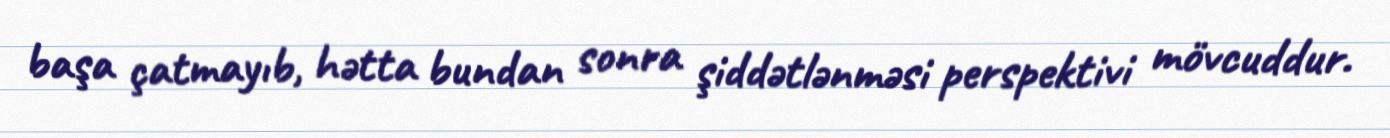
başa çatmayıb, hətta bundan sonra şiddətlənməsi perspektivi mövcuddur.